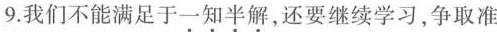
9.我们不能满足于一知半解，还要继续学习，争取准